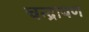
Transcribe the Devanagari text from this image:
चन्द्रायण